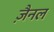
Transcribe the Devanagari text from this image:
ज़ैनल